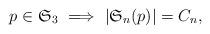
LaTeX: \begin{align*}p \in \mathfrak{S}_3 \ \Longrightarrow \ |\mathfrak{S}_n(p)| = C_n,\end{align*}